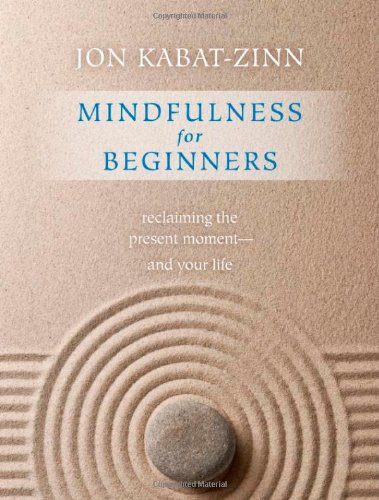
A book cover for Mindfulness for Beginners: Reclaiming the Present Moment--and Your Life; Jon Kabat-Zinn; Self-Help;